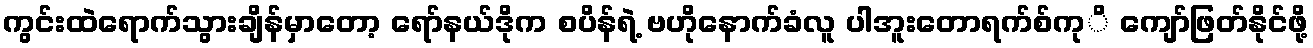
ကွင်းထဲရောက်သွားချိန်မှာတော့ ရော်နယ်ဒိုက စပိန်ရဲ့ ဗဟိုနောက်ခံလူ ပါအူးတောရက်စ်ကုိ ကျော်ဖြတ်နိုင်ဖို့